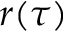
r ( \tau )